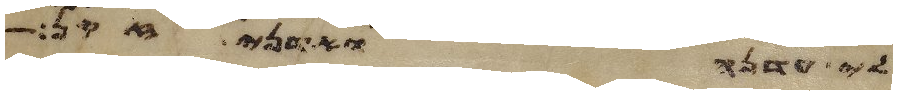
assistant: לי עדנה ואדני זקן